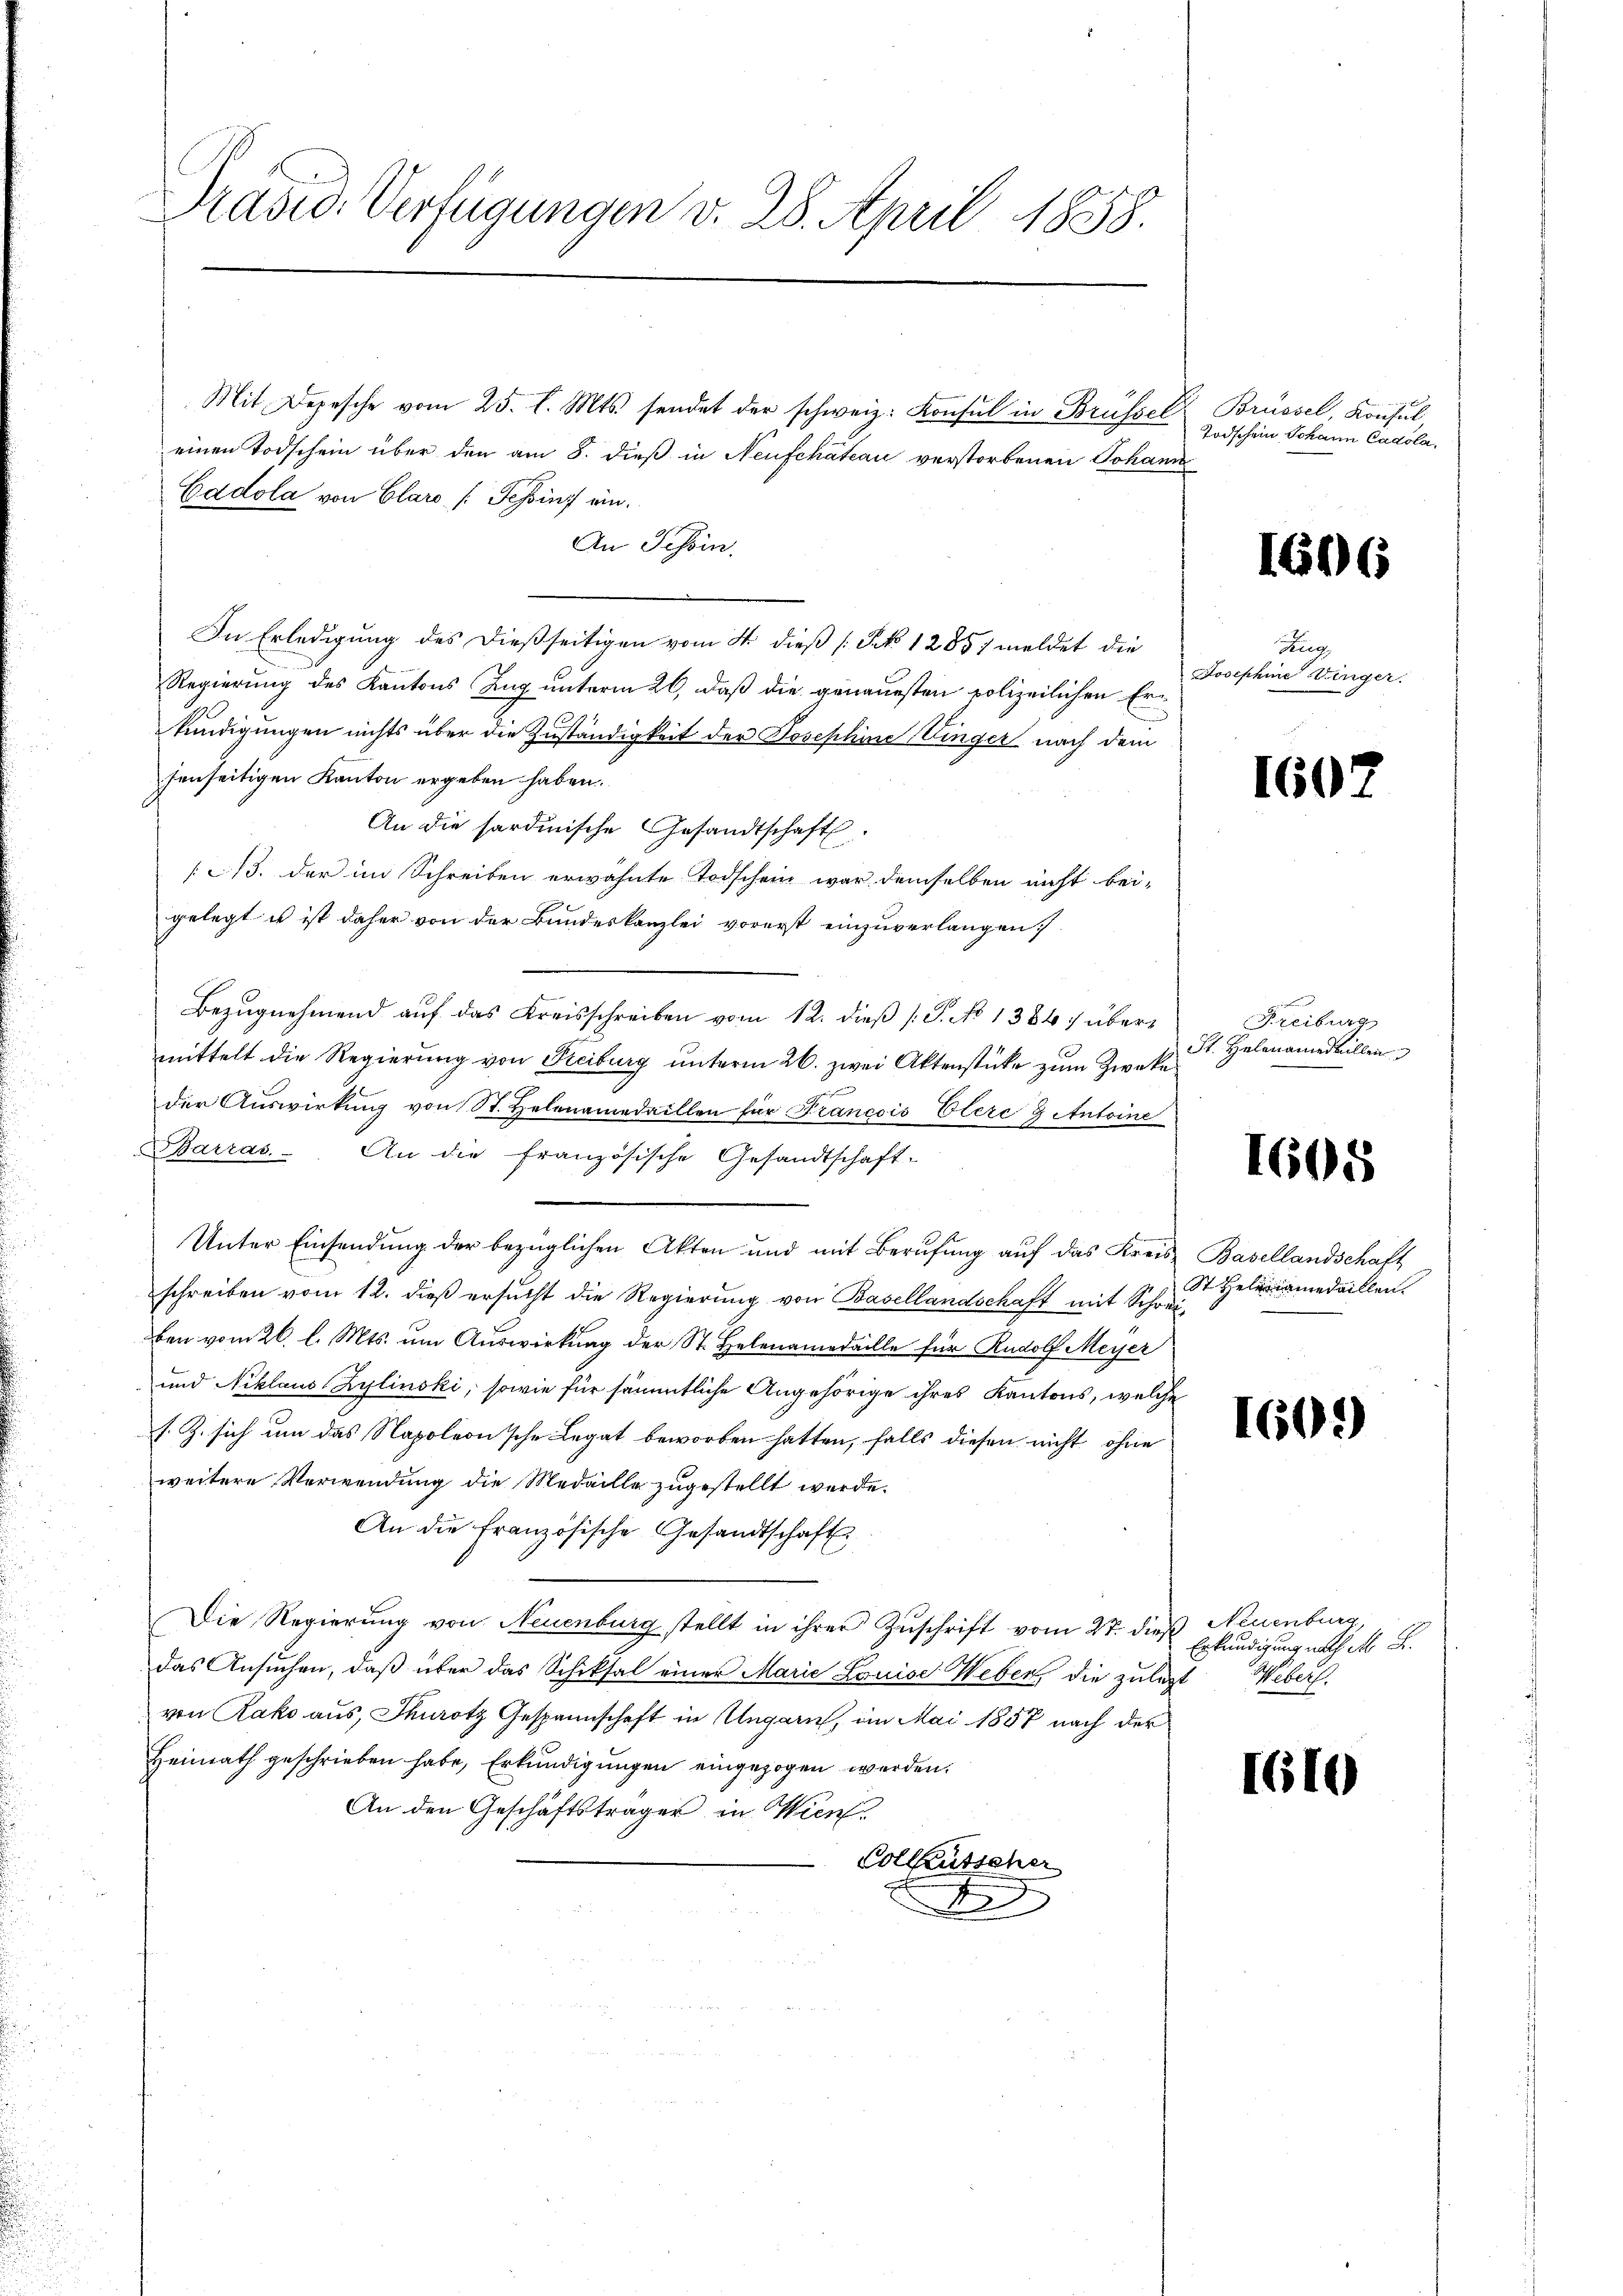
Prasio Verfügungen v. 28. April 1858.

Mit Depesche vom 25. l. Mts. sendet der schweiz. Konsul in Brüssel
einen Todschein über den am 8. dieß in Neufchateau verstorbenen Johann
Eddola von Clars /: Tessinst ein.
An Tessin.
In Erledigung des dießseitigen vom 4 dieß [No 1285) meldet die
Regierung des Kantons Zug unterm 26. daß die genauesten polizeilichen Erkündigungen nichts über die Zuständigkeit der Josephine Dinger nach dem
senseitigen Kanton ergeben haben.
An die sardinische Gesandtschaft
/13. der im Schreiben erwähnte Todschein war demselben nicht beigelegt u ist daher von der Bundeskanzlei vorerst einzuverlangen.
Bezugnehmend auf das Kreisschreiben vom 12. dieß (S. No 1384 übermittelt die Regierung von Heiburg unterm 26. zwei Aktenstücke zum Zweke
der Auswirkung von St. Helenamedaillen für Francois Elerc g Antoine
Sarras. An die französische Gesandtschaft-
Unter Einsendung der bezüglichen Akten und mit Berufung auf das Kreisschreiben vom 12. dieß ersucht die Regierung von Basellandschaft mit Schreiben vom 26. l. Mts. um Auswirkung der St. Helenamedaille für Rudolf Meyer
und Niklaus Zylinski, sowie für sämmtliche Angehörige ihres Kantons, welche
s. Z. sich um das Napoleon’sche Legat beworben hatten, falls diesen nicht ohne
weitere Verwendung die Medaille zugestellt werde.
An die französische Gesandtschaft
Die Regierung von Neuenburg stellt in ihrer Zuschrift vom 27. dieß Neuenburg,
das Ansuchen, daß über das Schiksal einer Marie Louise Weber, die zuletzt
von Rako aus, Thurotz Gespannschaft in Ungarn, im Mai 1857 nach der
Heimath geschrieben habe, Erkundigungen eingezogen werden.
An den Geschäftsträger in Wien.
Collausscher
x

Brüssel, Konsul
Todschein Johann Cadola,

1606

drung
Josephine Dinger.

160

Freiburg
St. Helenamedaillen

1605

Basellandschaft
St Heleniamedaillen.

1605)

Erkundigung nach M. B.
Weber

1610